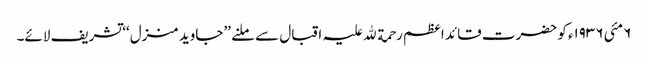
٦ مئی ١٩٣٦ء کو حضرت قائد اعظم رحمة ﷲ علیہ اقبال سے ملنے ’’جاوید منزل‘‘ تشریف لائے۔